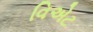
વિએટ